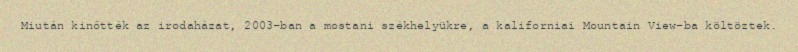
Miután kinőtték az irodaházat, 2003-ban a mostani székhelyükre, a kaliforniai Mountain View-ba költöztek.